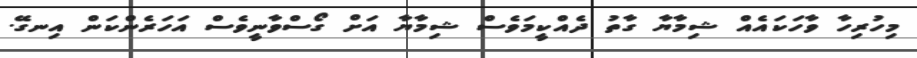
މިހުރިހާ ވާހަކައެއް ޝިމާޔާ ގާތު ދެއްކީމަވެެސް ޝިމާޔާ އަށް ގޯސްވާނީވެސް އަހަރެންކަން އިނގޭ.